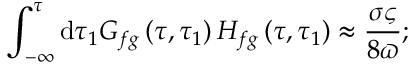
\int _ { - \infty } ^ { \tau } \mathrm { d } \tau _ { 1 } G _ { f g } \left( \tau , \tau _ { 1 } \right) H _ { f g } \left( \tau , \tau _ { 1 } \right) \approx \frac { \sigma \varsigma } { 8 \varpi } ;